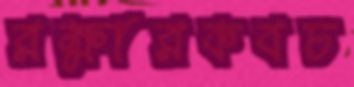
রক্ষারকবচ